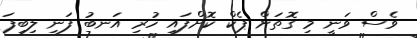
ވެސް ވަނީ މި ގޮތަށް ޕެކް ކޮށްފައި ހުރި އަނބު ފަނި ލިބިފަ